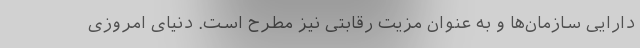
دارایی سازمان‌ها و به عنوان مزیت رقابتی نیز مطرح است. دنیای امروزی